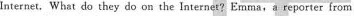
Internet, What do they do on the Internet?Emma,a reporter from